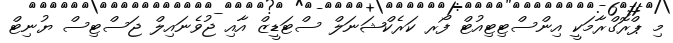
މި ޕްރޮގްރާމަކީ އިންސްޓިޓިއުޓް ފޯރ ކަރެކްޝަނަލް ސްޓަޑީޒް އާއި ޖުވެނައިލް ޖަސްޓިސް ޔުނިޓް